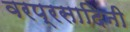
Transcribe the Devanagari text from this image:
वरप्रसादिनी